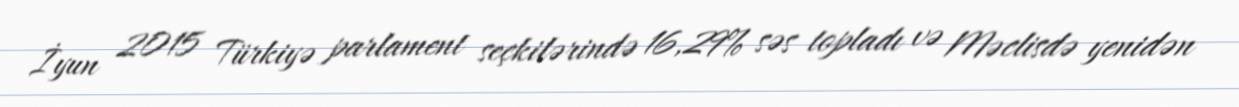
İyun 2015 Türkiyə parlament seçkilərində 16,29% səs topladı və Məclisdə yenidən